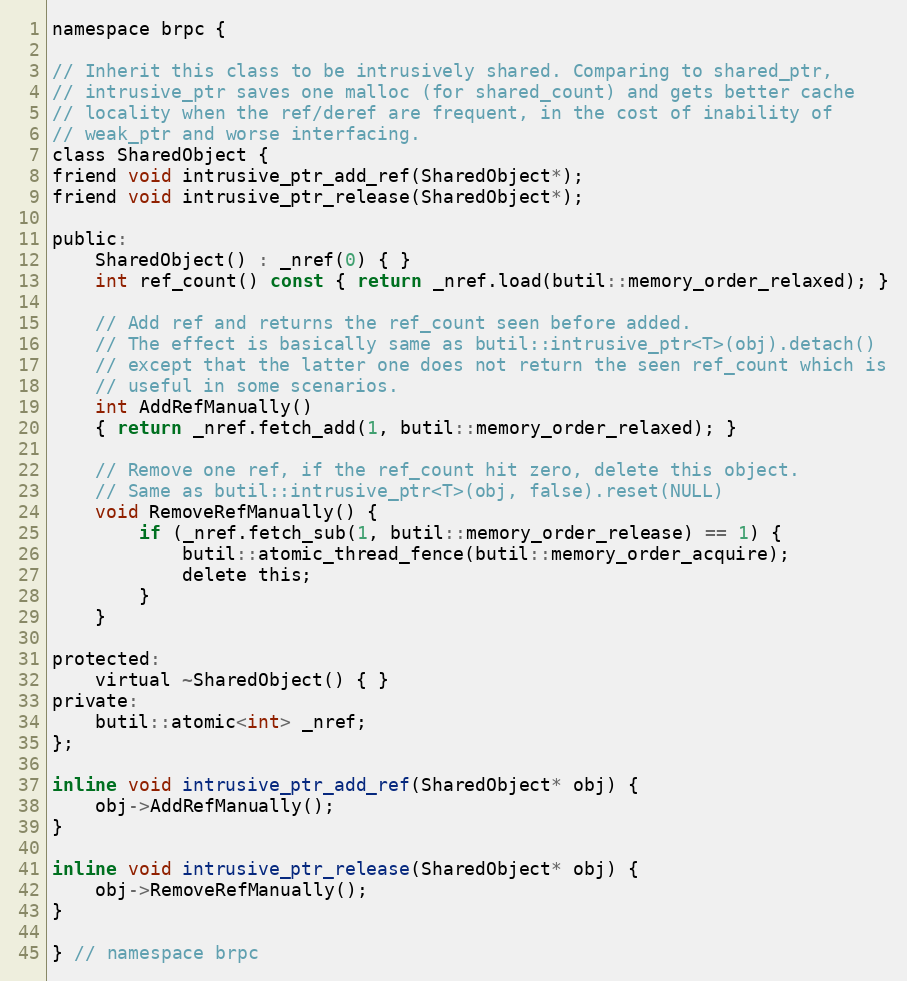
Language: C
namespace brpc {

// Inherit this class to be intrusively shared. Comparing to shared_ptr,
// intrusive_ptr saves one malloc (for shared_count) and gets better cache
// locality when the ref/deref are frequent, in the cost of inability of
// weak_ptr and worse interfacing.
class SharedObject {
friend void intrusive_ptr_add_ref(SharedObject*);
friend void intrusive_ptr_release(SharedObject*);

public:
    SharedObject() : _nref(0) { }
    int ref_count() const { return _nref.load(butil::memory_order_relaxed); }

    // Add ref and returns the ref_count seen before added.
    // The effect is basically same as butil::intrusive_ptr<T>(obj).detach()
    // except that the latter one does not return the seen ref_count which is
    // useful in some scenarios.
    int AddRefManually()
    { return _nref.fetch_add(1, butil::memory_order_relaxed); }

    // Remove one ref, if the ref_count hit zero, delete this object.
    // Same as butil::intrusive_ptr<T>(obj, false).reset(NULL)
    void RemoveRefManually() {
        if (_nref.fetch_sub(1, butil::memory_order_release) == 1) {
            butil::atomic_thread_fence(butil::memory_order_acquire);
            delete this;
        }
    }

protected:
    virtual ~SharedObject() { }
private:
    butil::atomic<int> _nref;
};

inline void intrusive_ptr_add_ref(SharedObject* obj) {
    obj->AddRefManually();
}

inline void intrusive_ptr_release(SharedObject* obj) {
    obj->RemoveRefManually();
}

} // namespace brpc